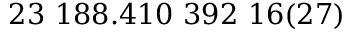
2 3 ~ 1 8 8 . 4 1 0 ~ 3 9 2 ~ 1 6 ( 2 7 )